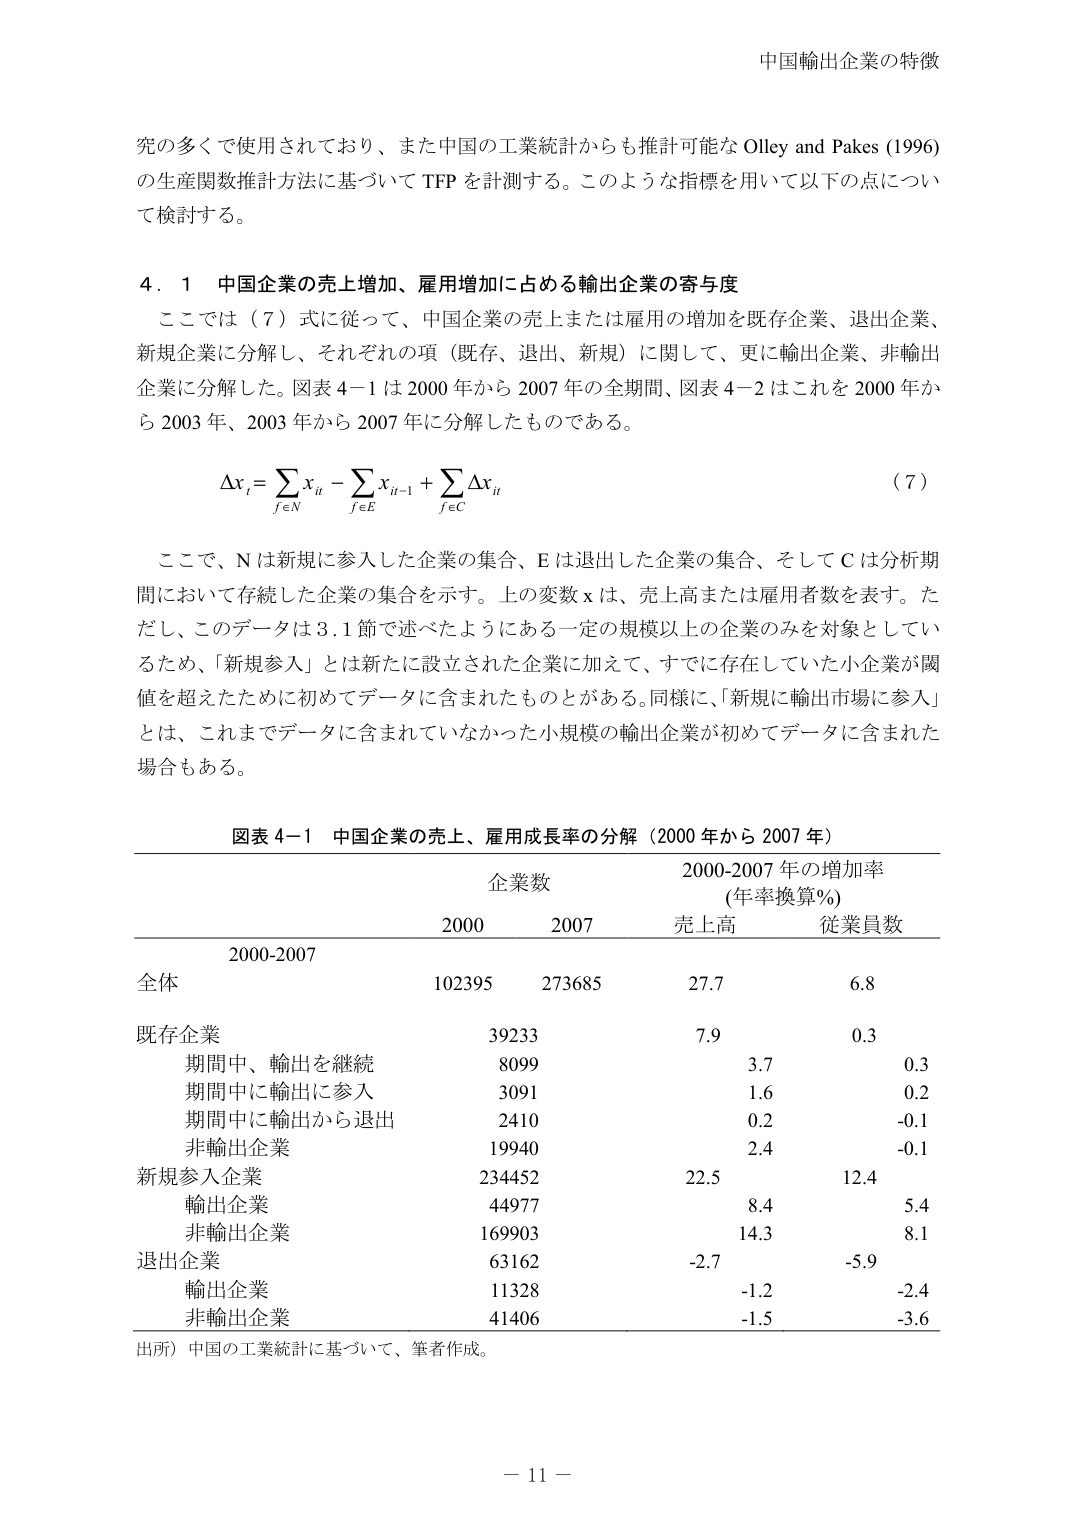
中国輸出企業の特徴

究の多くで使用されており、また中国の工業統計からも推計可能な Olley and Pakes (1996) の生産関数推計方法に基づいて TFP を計測する。このような指標を用いて以下の点について検討する。

4．1 中国企業の売上増加、雇用増加に占める輸出企業の寄与度

ここでは（7）式に従って、中国企業の売上または雇用の増加を既存企業、退出企業、新規企業に分解し、それぞれの項（既存、退出、新規）に関して、更に輸出企業、非輸出企業に分解した。図表 4-1 は 2000 年から 2007 年の全期間、図表 4-2 はこれを 2000 年から 2003 年、2003 年から 2007 年に分解したものである。

Δx_i = Σ x_it - Σ x_i,t-1 + Σ Δx_it
        f∈N     f∈E     f∈C

（7）

ここで、N は新規に参入した企業の集合、E は退出した企業の集合、そして C は分析期間において存続した企業の集合を示す。上の変数 x は、売上高または雇用者数を表す。ただし、このデータは 3.1 節で述べたようにある一定の規模以上の企業のみを対象としているため、「新規参入」とは新たに設立された企業に加えて、すでに存在していた小企業が閾値を超えたために初めてデータに含まれたものとがある。同様に、「新規に輸出市場に参入」とは、これまでデータに含まれていなかった小規模の輸出企業が初めてデータに含まれた場合もある。

図表 4-1 中国企業の売上、雇用成長率の分解（2000 年から 2007 年）

企業数 2000-2007 年の増加率（年率換算％）
        2000  2007  売上高  従業員数
2000-2007
全体           102395  273685  27.7  6.8
既存企業           39233       7.9  0.3
  期間中、輸出を継続     8099      3.7  0.3
  期間中に輸出に参入     3091      1.6  0.2
  期間中に輸出から退出   2410      0.2 -0.1
  非輸出企業           19940      2.4 -0.1
新規参入企業       234452     22.5 12.4
  輸出企業           44977      8.4  5.4
  非輸出企業         169903     14.3  8.1
退出企業           63162     -2.7 -5.9
  輸出企業           11328     -1.2 -2.4
  非輸出企業         41406     -1.5 -3.6

出所）中国の工業統計に基づいて、筆者作成。

－ 11 －